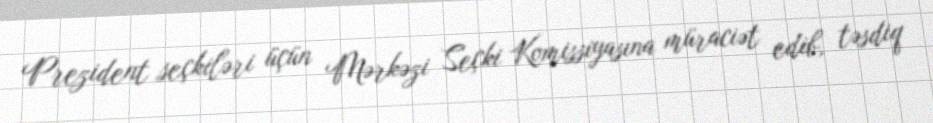
Prezident seçkiləri üçün Mərkəzi Seçki Komissiyasına müraciət edib, təsdiq